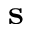
\mathbf { s }